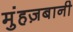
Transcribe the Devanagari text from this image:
मुंहज़बानी